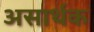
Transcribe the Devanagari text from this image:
असार्थक